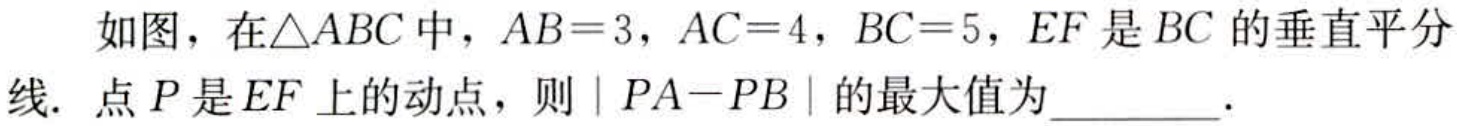
如图，在$\triangle ABC$中，$AB = 3$，$AC = 4$，$BC = 5$，$EF$是$BC$的垂直平分线．点$P$是$EF$上的动点，则$| PA - PB |$的最大值为_________．